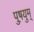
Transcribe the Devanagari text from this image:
पुष़युम्